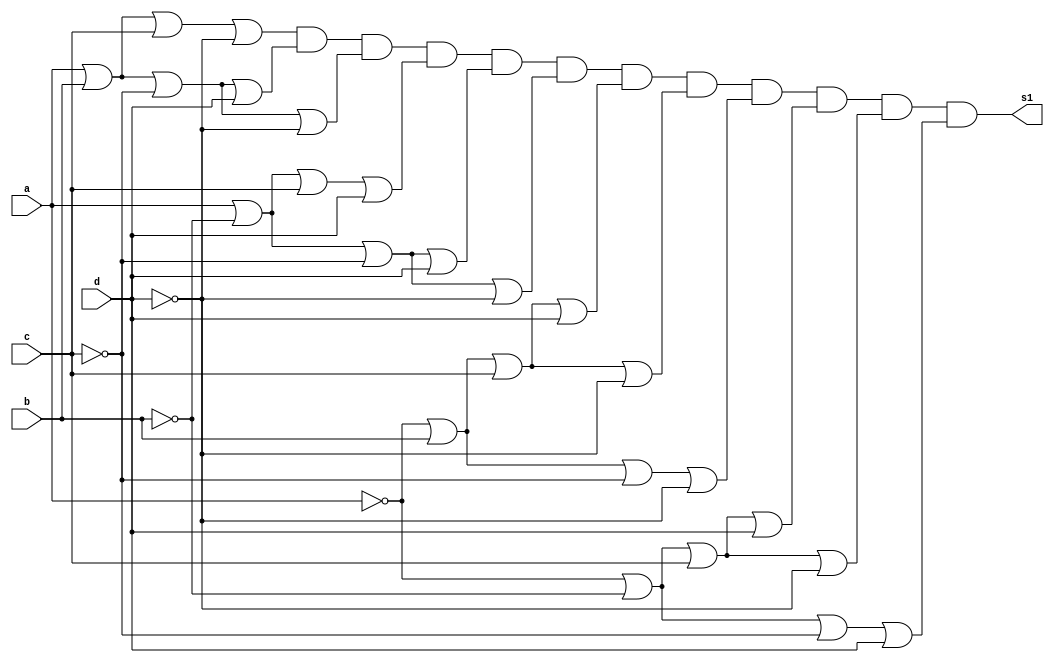
//------------------------------------------------------
//--- Avaliao 01 - Nome: Jorge Luis dos Santos Leal
//--- Matricula; 417466
//------------------------------------------------------
/*
	  0000 0001 0010 0011 0100 0101 0110 0111 1000 1001 1010 1011 1100 1101 1110 1111
S0 =   0	  1    1    1     0	  0    1    1    0    0    0    1    0    0    0    0	
S1 =	 1	  0    0    0     0	  1    0    0    0    0    1    0    0    0    0    1	
s2 =	 0	  0    0    0     1	  0    0    0    1    1    0    1    1    1    1    0		

  ---b) Montar a equao compacta do sinal S1 por MAXtermos:

*/
 module saidaS1(s1,a,b,c,d);
	input a,b,c,d;
	output s1;
	
	
	or OR1(x1,a,b,c,~d);
	or OR2(x2,a,b,~c,d);
	or OR3(x3,a,b,~c,~d);
	or OR4(x4,a,~b,c,d);
	or OR5(x5,a,~b,~c,d);
	or OR6(x6,a,~b,~c,~d);
	or OR7(x7,~a,b,c,d);
	or OR8(x8,~a,b,c,~d);
	or OR9(x9,~a,b,~c,~d);
	or OR10(x10,~a,~b,c,d);
	or OR11(x11,~a,~b,c,~d);
	or OR12(x12,~a,~b,~c,d);

	and AND1 (s1,x1,x2,x3,x4,x5,x6,x7,x8,x9,x10,x11,x12);
	
   endmodule//saidas s1

  module Teste;

	reg a,b,c,d;
	wire s1;

	saidaS1 saida (s1,a,b,c,d);

	initial begin
	a=0; b=0; c=0; d=0;
	end

	initial begin

	#1 $display(" Jorge Luis dos Santos Leal ");
	#1 $display("letra b)");
	#1 $display(" a | b | c | d | s1 ");
	$monitor(" %b | %b | %b | %b |  %b ", a,b,c,d,s1);
		   
    #1  a=0; b=0; c=0; d=1;
    #1  a=0; b=0; c=1; d=0; 
    #1  a=0; b=0; c=1; d=1; 
    #1  a=0; b=1; c=0; d=0; 
    #1  a=0; b=1; c=0; d=1; 
    #1  a=0; b=1; c=1; d=0; 
    #1  a=0; b=1; c=1; d=1; 
    #1  a=1; b=0; c=0; d=0; 
    #1  a=1; b=0; c=0; d=1;
    #1  a=1; b=0; c=1; d=0;
    #1  a=1; b=0; c=1; d=1;
    #1  a=1; b=1; c=0; d=0;
    #1  a=1; b=1; c=0; d=1;
    #1  a=1; b=1; c=1; d=0;
    #1  a=1; b=1; c=1; d=1; 

	end	
   endmodule//teste